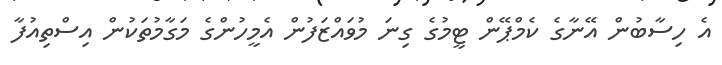
އެ ހިސާބުން އޭނާގެ ކެމްޕޭން ޓީމުގެ ގިނަ މުވައްޒަފުން އެމީހުންގެ މަގާމުތަކުން އިސްތިއުފާ